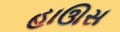
હાઊસ